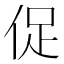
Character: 促